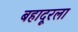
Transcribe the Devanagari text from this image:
बहादूरला